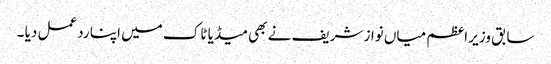
سابق وزیر اعظم میاں نواز شریف نے بھی میڈیا ٹاک میں اپنا ردعمل دیا ۔